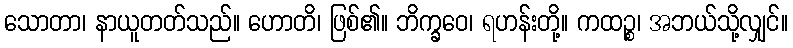
သောတာ၊ နာယူတတ်သည်။ ဟောတိ၊ ဖြစ်၏။ ဘိက္ခဝေ၊ ရဟန်းတို့။ ကထဉ္စ၊ အဘယ်သို့လျှင်။